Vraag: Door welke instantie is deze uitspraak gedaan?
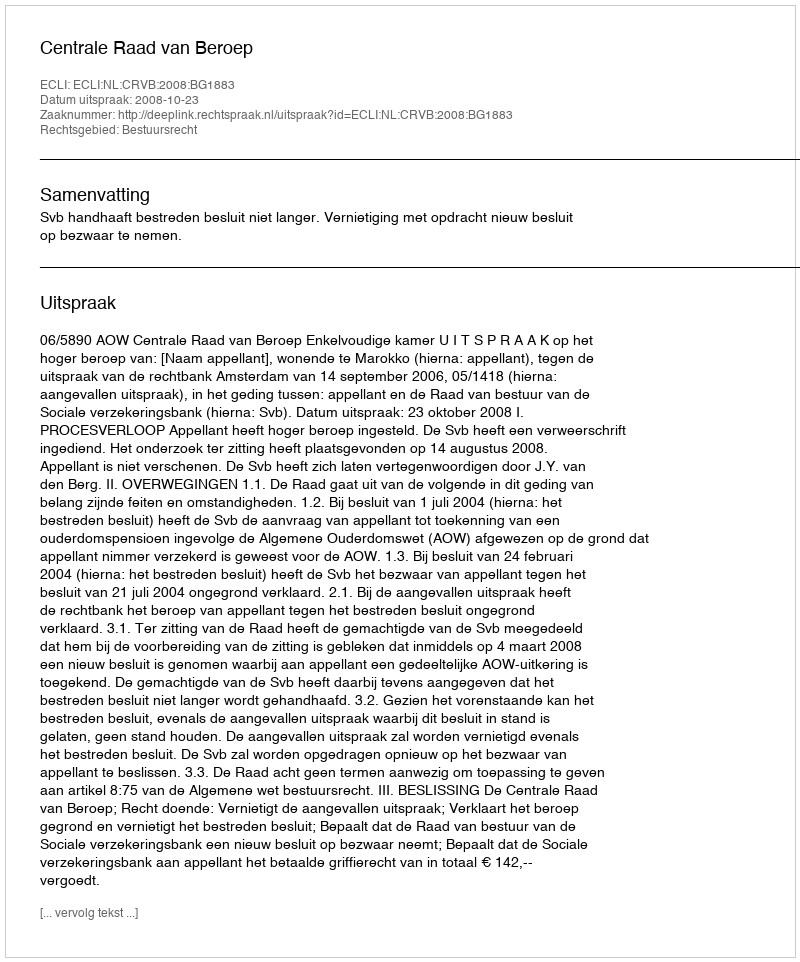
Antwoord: Centrale Raad van Beroep